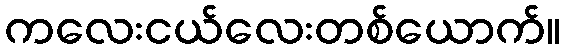
ကလေးငယ်လေးတစ်ယောက်။